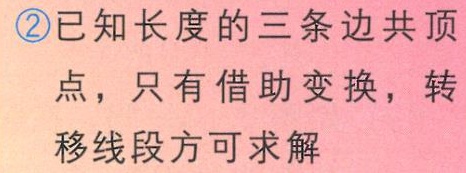
\textcircled{2}已知长度的三条边共顶点，只有借助变换，转移线段方可求解